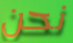
نحن